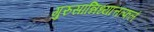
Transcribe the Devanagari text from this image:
गुरुसान्निध्यात्तत्फलं